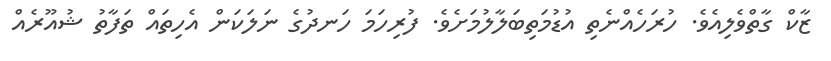
ޒާކް ގާތްވެލިއެވެ. ހުރަހެއްނެތި އުޑުމަތިބަލާލުމަށެވެ. ފުރިހަމަ ހަނދުގެ ނަލަކަން އެހިތައް ތަފާތު ޝުއޫރެއް